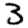
Digit: 3